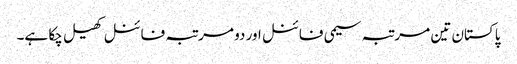
پاکستان تین مرتبہ سیمی فائنل اور دو مرتبہ فائنل کھیل چکا ہے۔